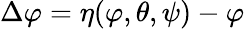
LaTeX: \Delta\varphi=\eta(\varphi,\theta,\psi)-\varphi